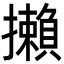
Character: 攋